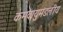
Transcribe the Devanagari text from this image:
कमवायुमंडलीय